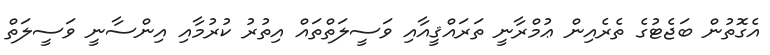
އެގޮތުން ބަޖެޓުގެ ތެރެއިން ޢުމްރާނީ ތަރައްޤީއާއި ވަސީލަތްތައް އިތުރު ކުރުމާއި އިންސާނީ ވަސީލަތް